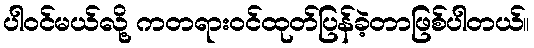
ပါဝင်မယ်လို့ ကတရားဝင်ထုတ်ပြန်ခဲ့တာဖြစ်ပါတယ်။